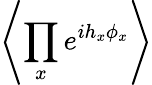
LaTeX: \left\langle\prod_{x}e^{ih_{x}\phi_{x}}\right\rangle